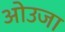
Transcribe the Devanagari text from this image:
ओउजा